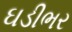
ઘડીભર